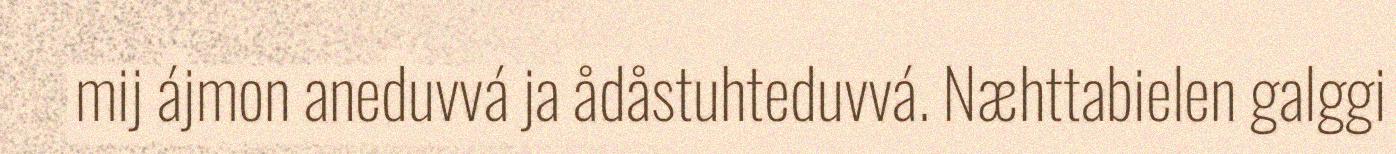
mij ájmon aneduvvá ja ådåstuhteduvvá. Næhttabielen galggi